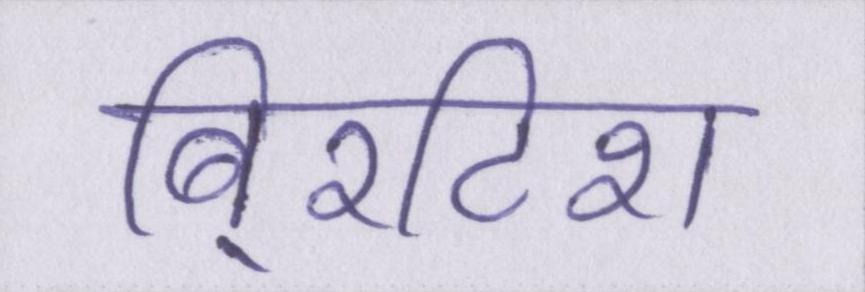
बि्रटिश